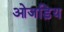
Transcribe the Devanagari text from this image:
ओजड़िय